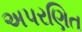
અપરણિત